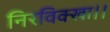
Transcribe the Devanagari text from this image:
निरविक्खा।।